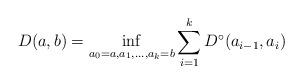
LaTeX: \begin{align*}D(a,b) = \inf_{a_0=a,a_1,\dots,a_k=b} \sum_{i=1}^k D^\circ(a_{i-1},a_i)\end{align*}